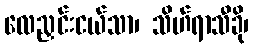
လေညှင်းငယ်သာ၊ သိဟ်ရာသီခို၊